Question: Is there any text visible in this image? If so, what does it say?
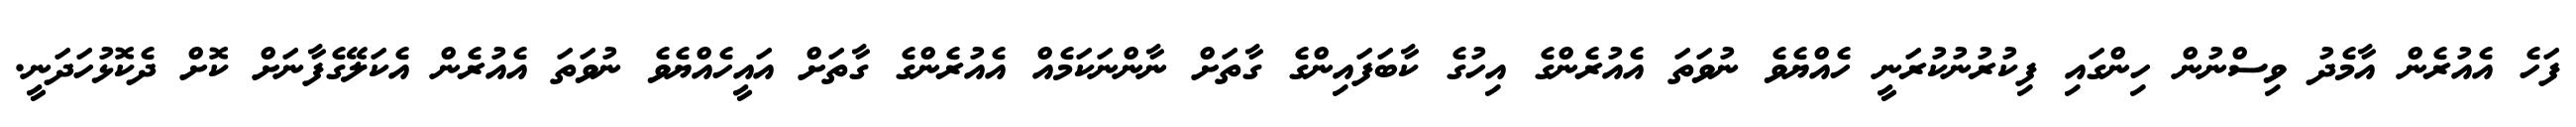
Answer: ފަހެ އެއުރެން އާމެދު ވިސްނުން ހިންގައި ފިކުރުނުކުރަނީ ހެއްޔެވެ ނުވަތަ އެއުރެންގެ އިހުގެ ކާބަފައިންގެ ގާތަށް ނާންނަކަމެއް އެއުރެންގެ ގާތަށް އައީހެއްޔެވެ ނުވަތަ އެއުރެން އެކަލޭގެފާނަށް ކޮށް ދެކޮޅުހަދަނީ.